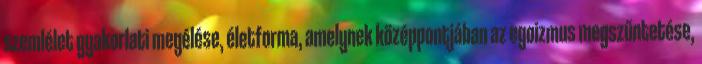
szemlélet gyakorlati megélése, életforma, amelynek középpontjában az egoizmus megszűntetése,